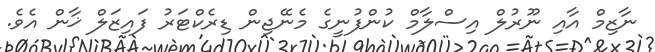
ނާޒިމް އާއި ނޫރުލް އިސްލާމް ކުންފުނީގެ މެނޭޖިން ޑިރެކްޓަރު ފައިޒަލް ޚާން އެވެ.